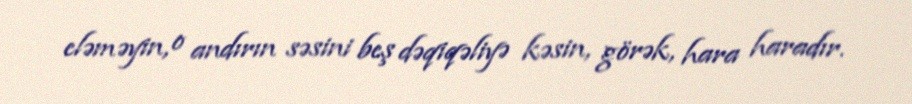
eləməyin, o andırın səsini beş dəqiqəliyə kəsin, görək, hara haradır.